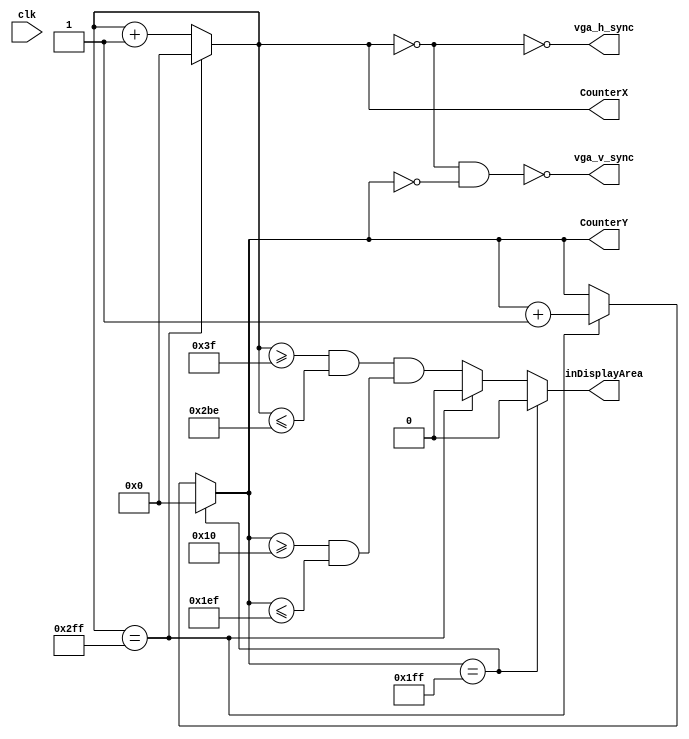
module vga(clk, vga_h_sync, vga_v_sync, inDisplayArea, CounterX, CounterY);

input  clk;
output vga_h_sync, vga_v_sync;
output reg inDisplayArea = 0;
output reg [9:0] CounterX = 0;
output reg [9:0] CounterY = 0;

//////////////////////////////////////////////////
reg vga_HS = 1, vga_VS = 1;
reg [9:0] clockCounter = 0;
wire CounterXmaxed = (CounterX==767);
wire CounterYmaxed = (CounterY==511);

localparam  [9:0] min_x = 64;
localparam  [9:0] min_y = 16;
localparam  [9:0] max_x = 640 + min_x - 1;
localparam  [9:0] max_y = 480 + min_y - 1;

always @(posedge clk) begin
	clockCounter <= clockCounter + 1;
end

always @(clockCounter) begin // 16 clocks pulse
	CounterX      <= (CounterXmaxed) ? 0 : CounterX + 1;
	CounterY      <= (CounterYmaxed) ? 0 : (CounterXmaxed) ? CounterY + 1 : CounterY;
	inDisplayArea <= (CounterYmaxed) ? 0 : (CounterXmaxed) ? 0 : (CounterX >= min_x - 1 && CounterX <= max_x - 1) && (CounterY >= min_y && CounterY <= max_y);
end

always @(CounterX, CounterY) begin
	vga_HS <= (CounterX == 0); // change this value to move the display horizontally
	vga_VS <= (CounterX == 0 && CounterY == 0); // change this value to move the display vertically
end
	
assign vga_h_sync = ~vga_HS;
assign vga_v_sync = ~vga_VS;

endmodule